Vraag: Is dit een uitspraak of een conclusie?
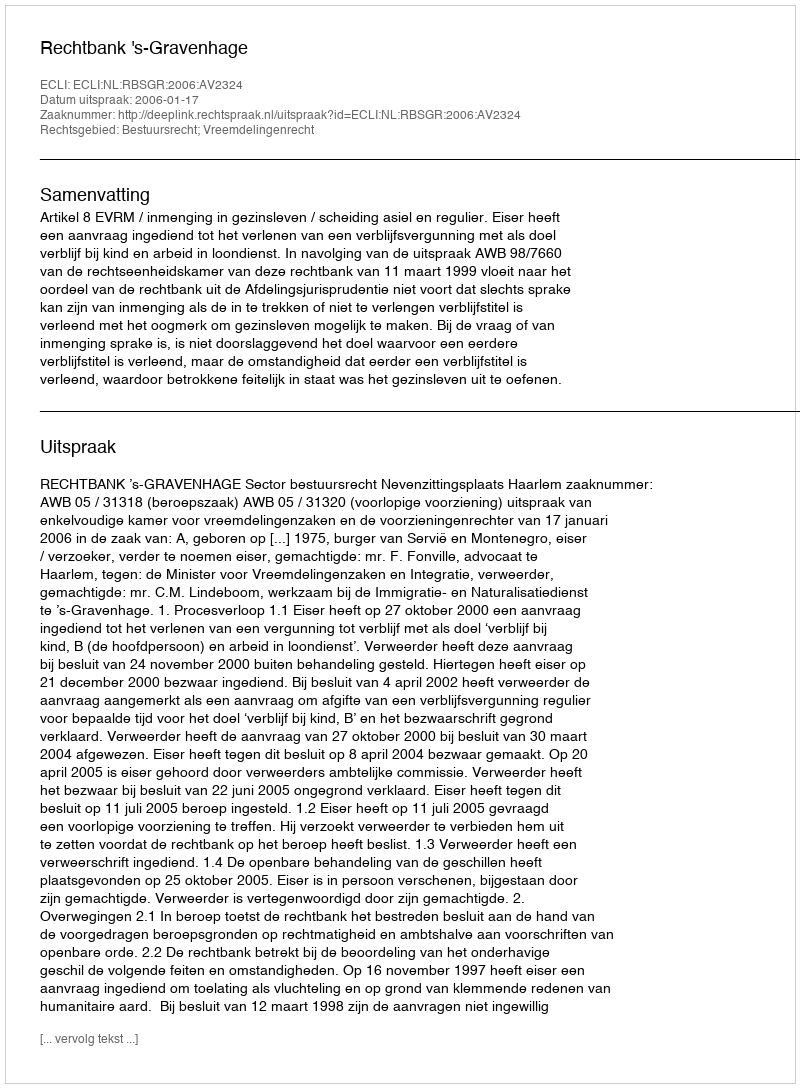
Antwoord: Uitspraak